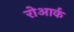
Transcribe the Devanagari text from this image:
रोआर्क